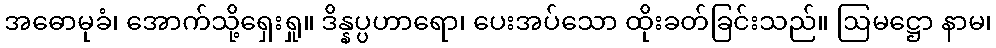
အဓောမုခံ၊ အောက်သို့ရှေးရှု။ ဒိန္နပ္ပဟာရော၊ ပေးအပ်သော ထိုးခတ်ခြင်းသည်။ ဩမဋ္ဌော နာမ၊